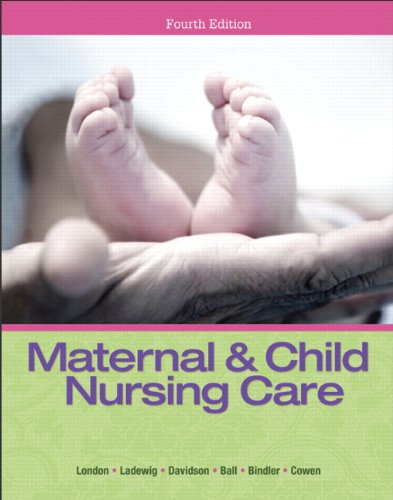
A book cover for Maternal & Child Nursing Care (4th Edition); Marcia L. London; Parenting & Relationships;